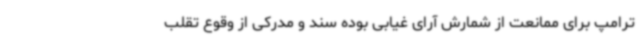
ترامپ برای ممانعت از شمارش آرای غیابی بوده سند و مدرکی از وقوع تقلب